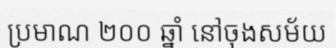
ប្រមាណ ២០០ ឆ្នាំ នៅចុងសម័យ